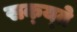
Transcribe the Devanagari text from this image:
सक्य्ते